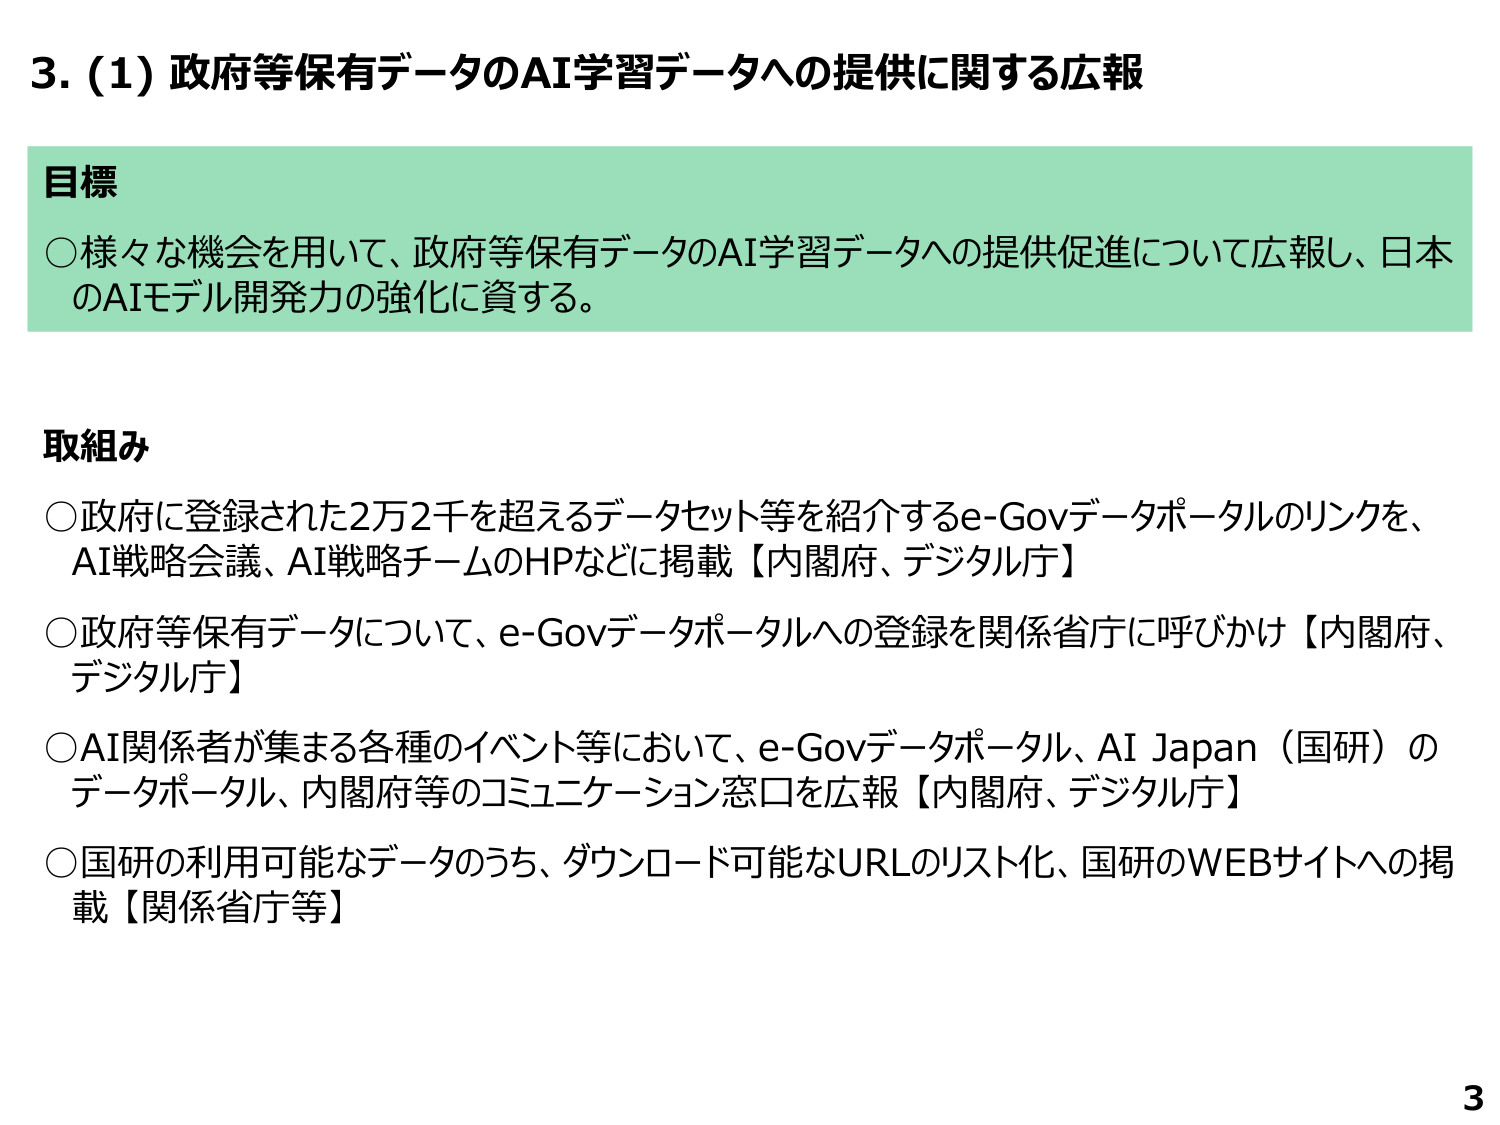
3. (1) 政府等保有データのAI学習データへの提供に関する広報

目標
○ 様々な機会を用いて、政府等保有データのAI学習データへの提供促進について広報し、日本のAIモデル開発力の強化に資する。

取組み
○ 政府に登録された2万2千を超えるデータセット等を紹介するe-Govデータポータルのリンクを、AI戦略会議、AI戦略チームのHPなどに掲載【内閣府、デジタル庁】
○ 政府等保有データについて、e-Govデータポータルへの登録を関係省庁に呼びかけ【内閣府、デジタル庁】
○ AI関係者が集まる各種のイベント等において、e-Govデータポータル、AI Japan（国研）のデータポータル、内閣府等のコミュニケーション窓口を広報【内閣府、デジタル庁】
○ 国研の利用可能なデータのうち、ダウンロード可能なURLのリスト化、国研のWEBサイトへの掲載【関係省庁等】

3